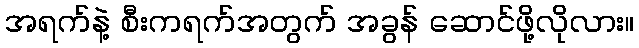
အရက်နဲ့ စီးကရက်အတွက် အခွန် ဆောင်ဖို့လိုလား။